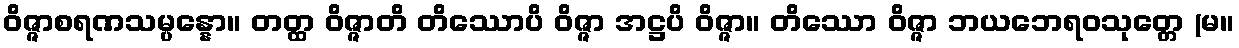
ဝိဇ္ဇာစရဏသမ္ပန္နော။ တတ္ထ ဝိဇ္ဇာတိ တိဿောပိ ဝိဇ္ဇာ အဋ္ဌပိ ဝိဇ္ဇာ။ တိဿော ဝိဇ္ဇာ ဘယဘေရဝသုတ္တေ (မ။